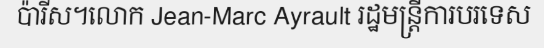
ប៉ារីស។លោក Jean-Marc Ayrault រដ្ឋមន្ត្រីការបរទេស